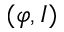
( \varphi , I )